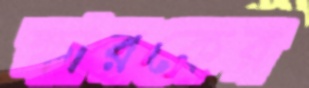
ক্ষারকের